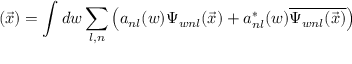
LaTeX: \mathbf { \Psi } ( \vec { x } ) = \int d w \sum _ { l , n } \left( a _ { n l } ( w ) \Psi _ { w n l } ( \vec { x } ) + a _ { n l } ^ { \ast } ( w ) \overline { { { \Psi _ { w n l } ( \vec { x } ) } } } \right)